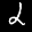
Label: 2